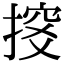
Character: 𢱇